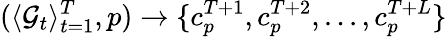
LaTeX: (\langle\mathcal{G}_{t}\rangle_{t=1}^{T},p)\to\{ c_{p}^{T+1},c_{p}^{T+2},...,c_{p}^{T+L}\}